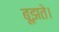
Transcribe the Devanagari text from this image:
बूझते।